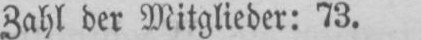
Zahl der Mitglieder: 73.